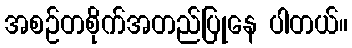
အစဉ်တစိုက်အတည်ပြုနေ ပါတယ်။